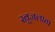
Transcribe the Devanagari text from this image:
खुजलाता